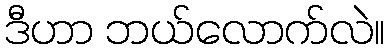
ဒီဟာ ဘယ်လောက်လဲ။